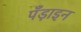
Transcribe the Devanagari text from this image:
पँड़ाइन